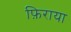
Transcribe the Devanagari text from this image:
फ़िराया